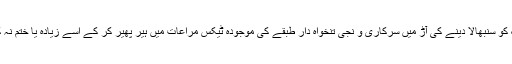
بہر کیف، وزیراعظم عمران خان کچھ بھی ہو جائے مُلک کو سنبھالا دینے کی آڑ میں سرکاری و نجی تنخواہ دار طبقے کی موجودہ ٹیکس مراعات میں ہیر پھیر کر کے اِسے زیادہ یا ختم نہ کریں،آج یہ جیسی بھی ہے تنخواہ دار طبقے کو قبول ہے۔